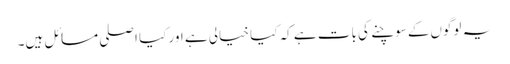
یہ لوگوں‌کے سوچنے کی بات ہے کہ کیا خیالی ہے اور کیا اصلی مسائل ہیں۔